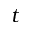
t